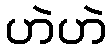
ဟဲဟဲ